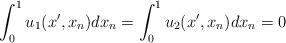
LaTeX: \begin{align*}\int_0^1 u_1(x',x_n)dx_n=\int_0^1 u_2(x',x_n)dx_n=0\end{align*}